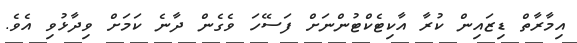
އިމާރާތް ޑިޒައިން ކުރާ އާކިޓެކްޓުންނަށް ފަސޭހަ ވެގެން ދާނެ ކަމަށް ވިދާޅުވި އެވެ.